Kihnu_vallakohus, lk 2
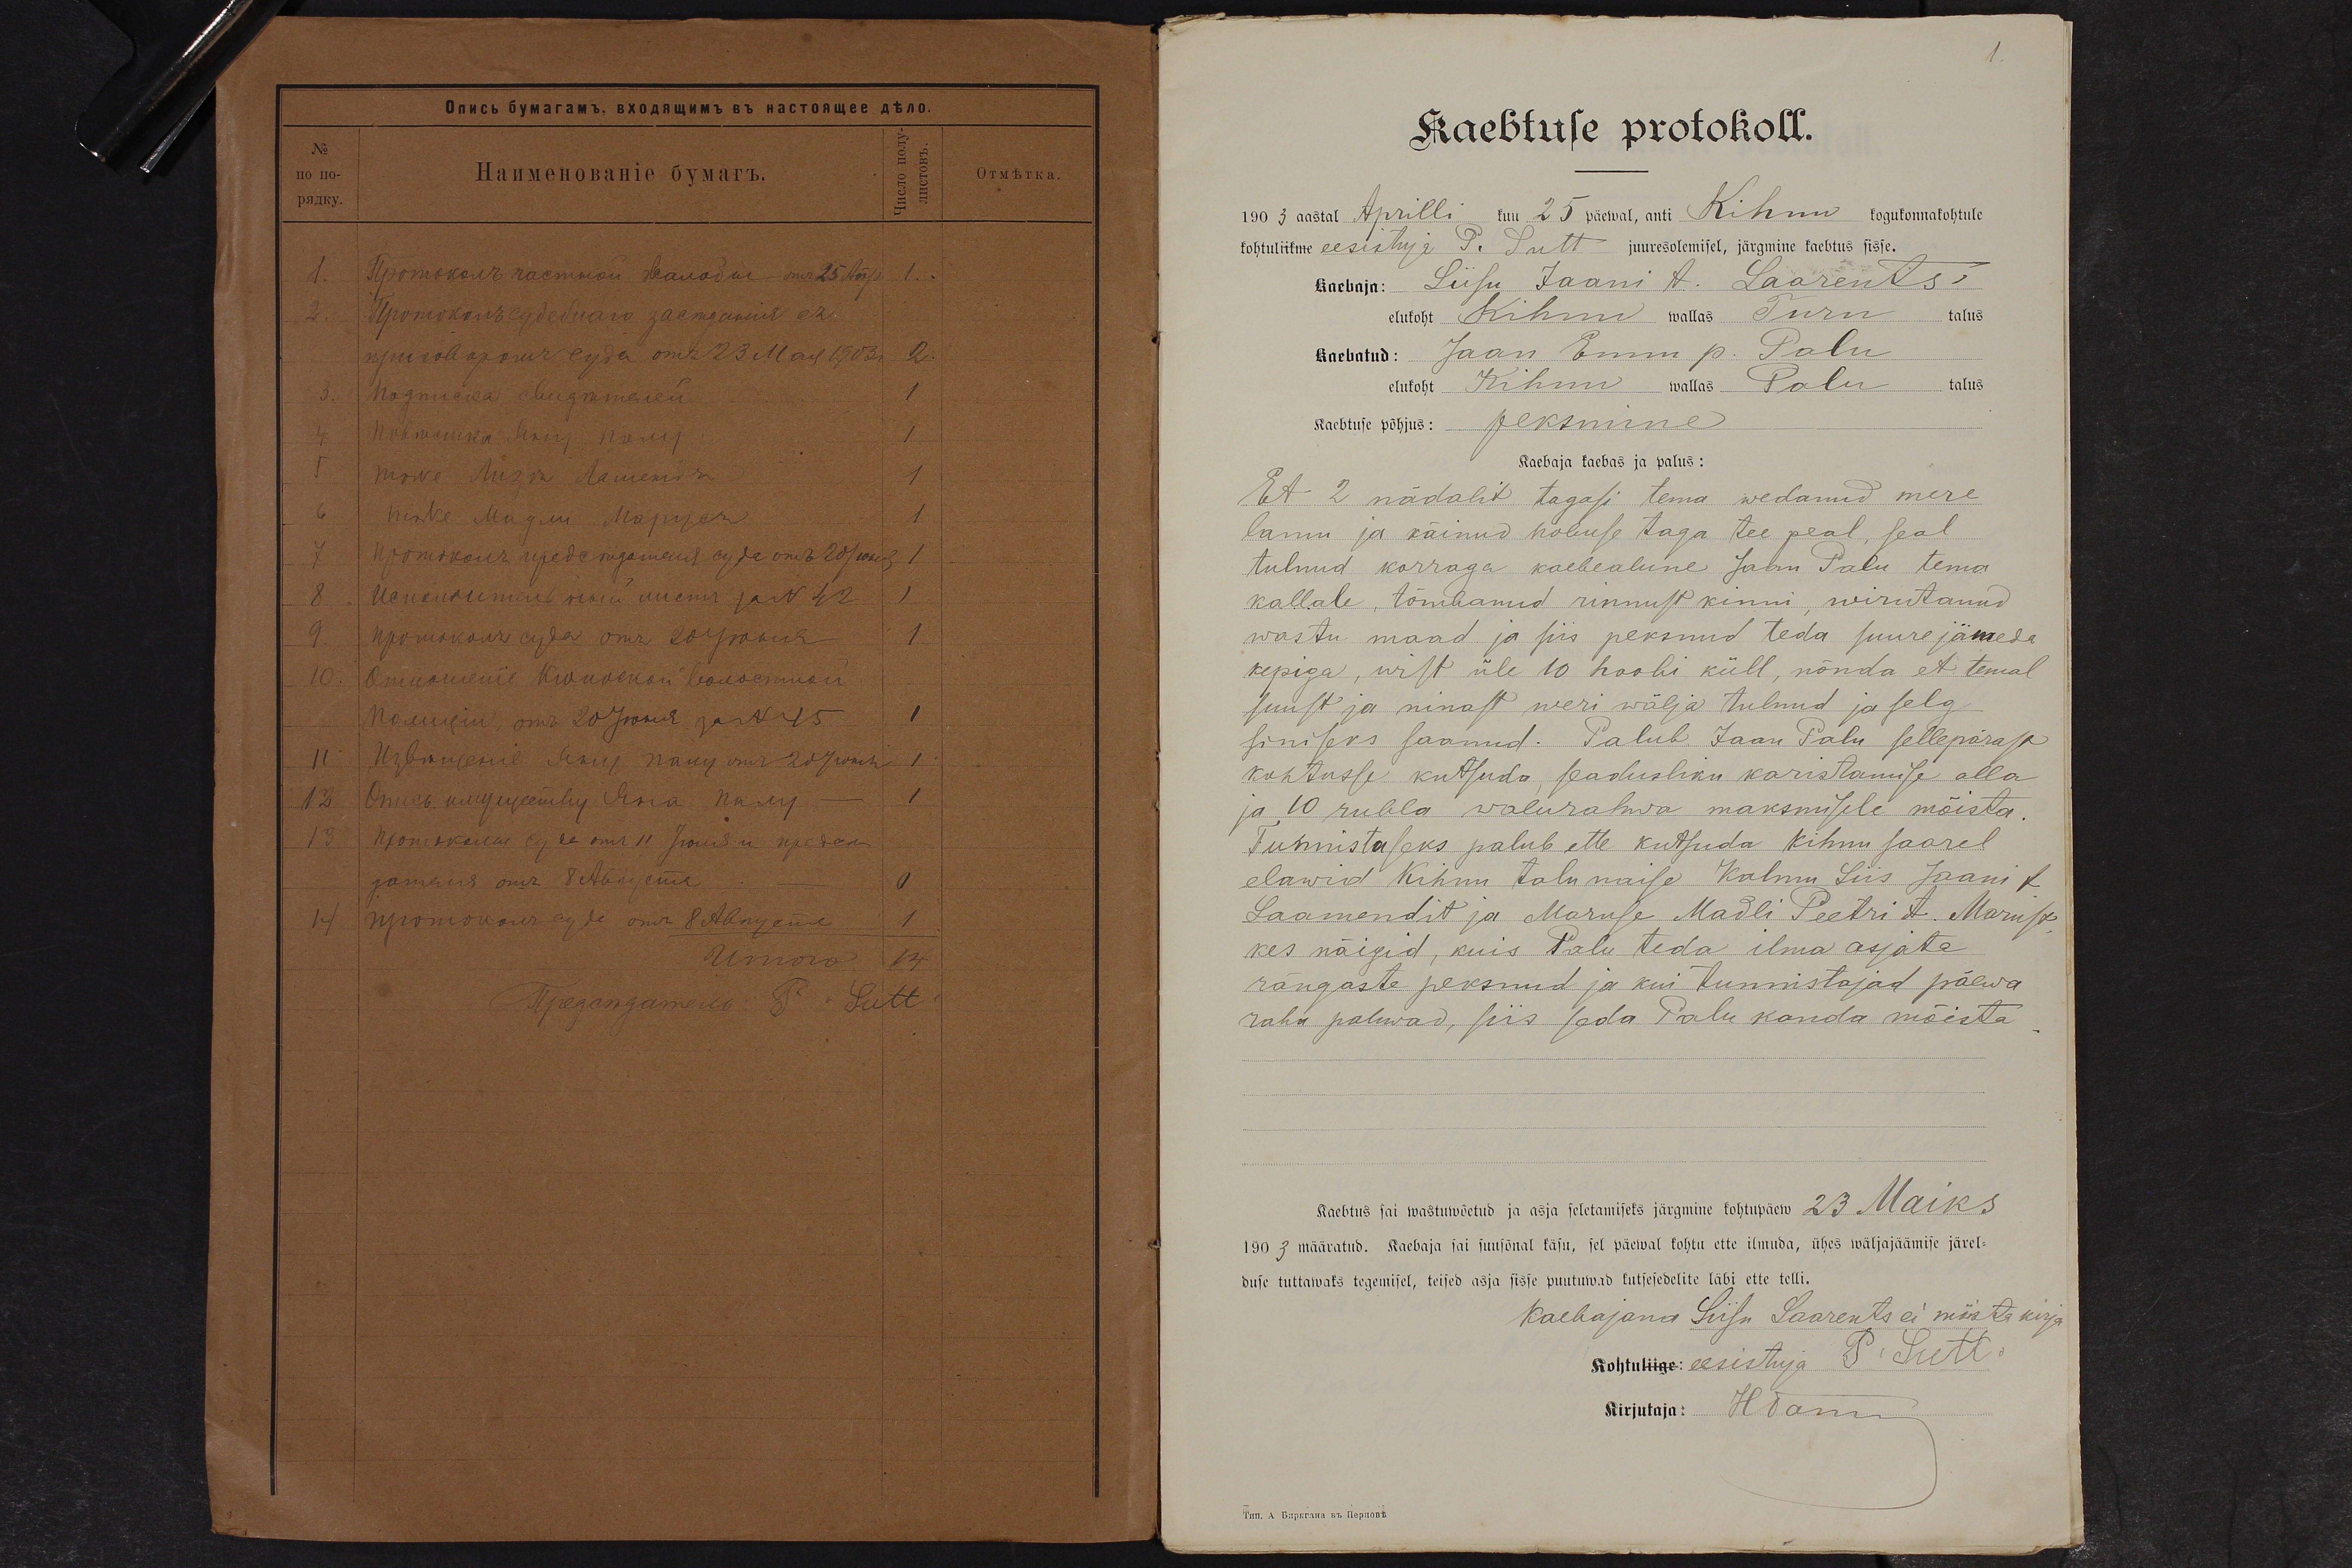
P. Sutt.

Kaebtuse protokoll.
1903 aastal Aprilli kuu 25 päewal, anti Kihnu kogukonnakohtule
kohtulikme eesistuja P. Sutt juuresolemisel, järgmine kaebtus sisse.
Kaebaja: Liisu Jaani t. Saarents
elukoht Kihnu wallas Turu talus
Kaebatud: Jaan Ennu p. Palu
elukoht Kihnu wallas Palu talus
Kaebtuse põhjus: peksmine
Kaebaja kaebas ja palus:
Et 2 nädalit tagasi tema wedanud mere
lanu ja käinud hobuse taga tee peal, seal
tulnud korraga kaebealune Jaan Palu tema
kallale, tõmbanud rinnust kinni, wirutanud
wastu maad ja siis peksnud teda suure jämeda
kepiga, wist üle 10 hoobi küll, nõnda et temal
suust ja ninast weri wälja tulnud ja selg
siniseks saanud. Palub Jaan Palu sellepärast
kohtusse kutsuda, seadusliku karistamise alla
ja 10 rubla walurahwa maksmisele mõista.
Tunnistuseks palub ette kutsuda Kihnu saarel
elawid Kihnu talunaise Kalmu Liis Jaani t.
Laamendit ja Maruse Madli Peetri t. Marust
kes näigid, kuis Palu teda ilma asjata
rängaste peksnud ja kui tunnistajad päewa
raha paluwad, siis seda Palu kanda mõista
Kaebtus sai wastuwõetud ja asja seletamiseks järgmine kohtupäew 23 Maiks
1903 määratud. Kaebaja sai suusõnal käsu, sel päewal kohtu ette ilmuda, ühes wäljajäämise järel-
duse tuttawaks tegemisel, teised asja sisse puutuwad kutseredelite läbi ette telli.
Kaebajana Liisu Saarents ei mõsta kirja
Kohtu eesistuja P. Sutt.
Kirjutaja: HTamm